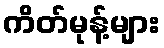
ကိတ်မုန့်များ